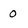
Character: 0